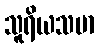
သူရိယသမာ